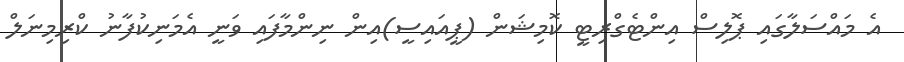
އެ މައްސަލާގައި ޕޮލިސް އިންޓެގްރިޓީ ކޮމިޝަން (ޕީއައިސީ)އިން ނިންމާފައި ވަނީ އެމަނިކުފާނު ކްރިމިނަލް